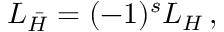
{ \cal L } _ { \bar { H } } = ( - 1 ) ^ { s } { \cal L } _ { H } \, ,